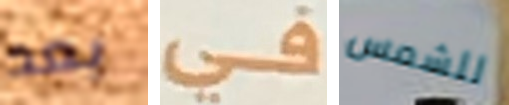
بعد في للشمس